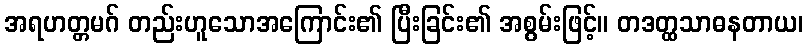
အရဟတ္တမဂ် တည်းဟူသောအကြောင်း၏ ပြီးခြင်း၏ အစွမ်းဖြင့်။ တဒတ္ထသာဓနတာယ၊